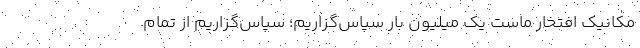
مکانیک افتخار ماست یک میلیون بار سپاس‌گزاریم؛ سپاس‌گزاریم از تمام